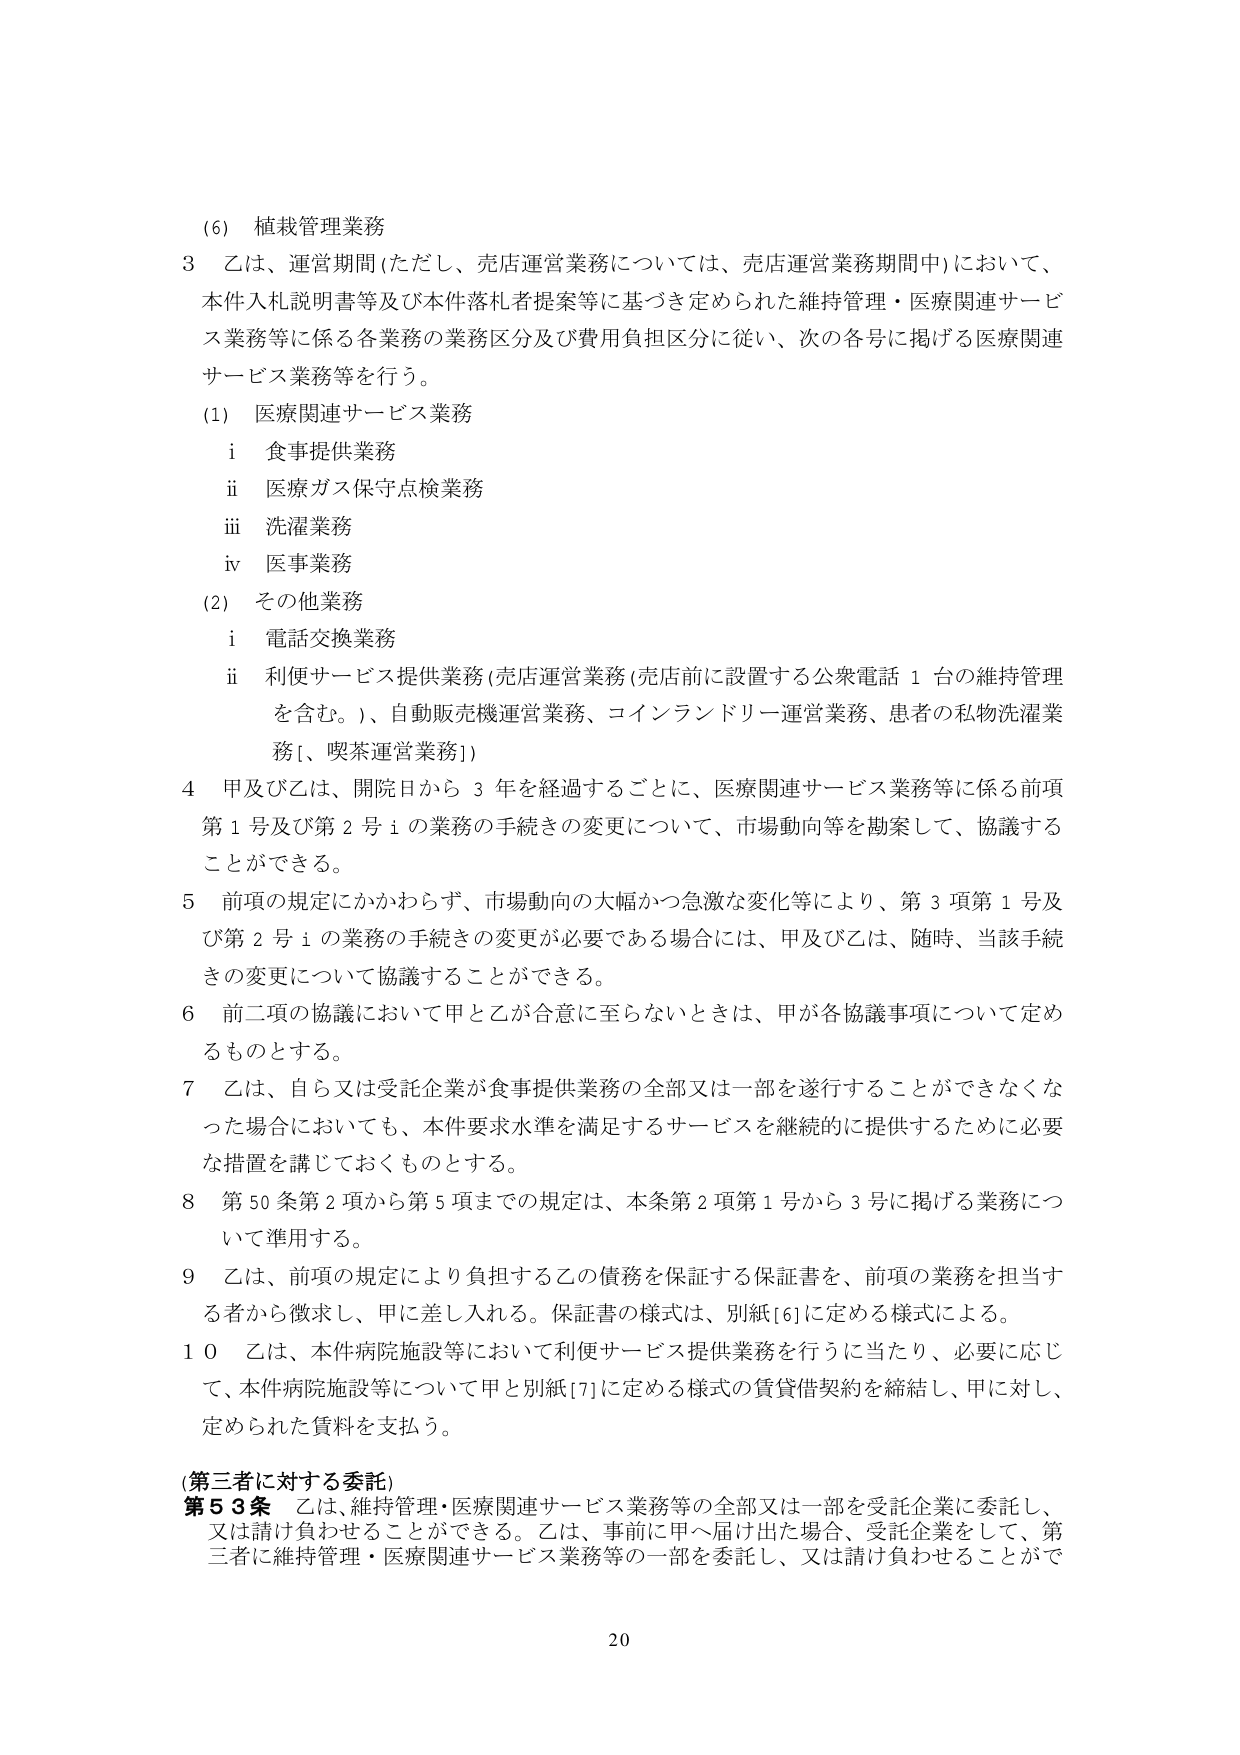
(6) 植栽管理業務
3 乙は、運営期間（ただし、売店運営業務については、売店運営業務期間中）において、本件入札説明書等及び本件落札者提案等に基づき定められた維持管理・医療関連サービス業務等に係る各業務の業務区分及び費用負担区分に従い、次の各号に掲げる医療関連サービス業務等を行う。
(1) 医療関連サービス業務
　i 食事提供業務
　ii 医療ガス保守点検業務
　iii 洗濯業務
　iv 医事業務
(2) その他業務
　i 電話交換業務
　ii 利便サービス提供業務（売店運営業務（売店前に設置する公衆電話１台の維持管理を含む。）、自動販売機運営業務、コインランドリー運営業務、患者の私物洗濯業務[、喫茶運営業務]）
4 甲及び乙は、開院日から３年を経過するごとに、医療関連サービス業務等に係る前項第１号及び第２号iの業務の手続きの変更について、市場動向等を勘案して、協議することができる。
5 前項の規定にかかわらず、市場動向の大幅かつ急激な変化等により、第３項第１号及び第２号iの業務の手続きの変更が必要である場合には、甲及び乙は、随時、当該手続きの変更について協議することができる。
6 前二項の協議において甲と乙が合意に至らないときは、甲が各協議事項について定めるものとする。
7 乙は、自ら又は受託企業が食事提供業務の全部又は一部を遂行することができなくなった場合においても、本件要求水準を満足するサービスを継続的に提供するために必要な措置を講じておくものとする。
8 第50条第2項から第5項までの規定は、本条第2項第1号から3号に掲げる業務について準用する。
9 乙は、前項の規定により負担する乙の債務を保証する保証書を、前項の業務を担当する者から徴求し、甲に差し入れる。保証書の様式は、別紙[6]に定める様式による。
10 乙は、本件病院施設等において利便サービス提供業務を行うに当たり、必要に応じて、本件病院施設等について甲と別紙[7]に定める様式の賃貸借契約を締結し、甲に対し、定められた賃料を支払う。
(第三者に対する委託)
第53条 乙は、維持管理・医療関連サービス業務等の全部又は一部を受託企業に委託し、又は請け負わせることができる。乙は、事前に甲へ届け出た場合、受託企業をして、第三者に維持管理・医療関連サービス業務等の一部を委託し、又は請け負わせることができ

20